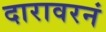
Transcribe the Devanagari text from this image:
दारावरनं